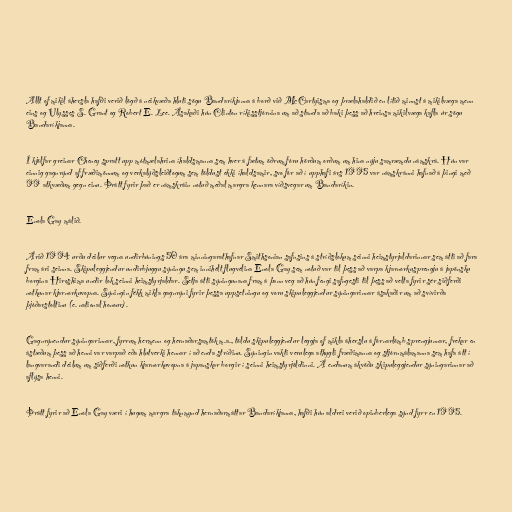
Allt of mikil áhersla hafði verið lögð á neikvæða hluti sögu Bandaríkjanna á borð við McCartyisma og þrælahaldið en lítið minnst á mikilvæga menn
eins og Ulysses S. Grant og Robert E. Lee. Ásakaði hún Clinton ríkisstjórnina um að standa að baki þess að hreinsa mikilvæga kafla úr sögu
Bandaríkjanna.

Í kjölfar greinar Cheney spratt upp mótmælahrina íhaldsmanna sem hver á fætum öðrum fóru hörðum orðum um hina nýju samræmdu námskrá. Hún var
einnig gagnrýnd af fræðimönnum og verkalýðsleiðtogum sem töldust ekki íhaldsamir, svo fór að í upphafi árs 1995 var námskránni hafnað á þingi með
99 atkvæðum gegn einu. Þrátt fyrir það er námskráin notuð meðal margra kennara víðsvegar um Bandaríkin.

Enola Gay málið.

Árið 1994 urðu deilur vegna undirbúnings 50 ára minningarathafnar Smithsonian safnsins á stríðslokum seinni heimstyrjaldarinnar sem átti að fara
fram ári seinna. Skipuleggjendur undirbjuggu sýningu sem innihélt flugvélina Enola Gay sem notuð var til þess að varpa kjarnorkusprengju á japönsku
borgina Hiroshima undir lok seinni heimstyrjaldar. Setja átti sýningunana fram á þann veg að hún fengi safngesti til þess að velta fyrir sér siðferði
notkunar kjarnorkuvopna. Sýningin fékk mikla gagnrýni fyrir þessa uppsetningu og voru skipuleggjendur sýningarinnar ásakaðir um að svívirða
þjóðarstoltinu (e. national honour).

Gagnrýnendur sýningarinnar, fyrrum hermenn og hernaðarsamtök m.a., töldu skipuleggjendur leggja of mikla áherslu á fórnarlömb sprengjunnar, frekar en
ástæðum þess að henni var varpað eða hlutverki hennar í að enda stríðinu. Sýningin vakti verulega athygli fræðimanna og stjórnmálamanna sem hafa átt í
langvarandi deilum um siðferði notkun kjarnorkuvopna á japanskar borgir í seinni heimstyrjöldinni. Á endanum ákvöðu skipuleggjendur sýningarinnar að
aflýsa henni.

Þrátt fyrir að Enola Gay væri í hugum margra táknmynd hernaðarmáttar Bandaríkjanna, hafði hún aldrei verið opinberlega sýnd fyrr en 1995.